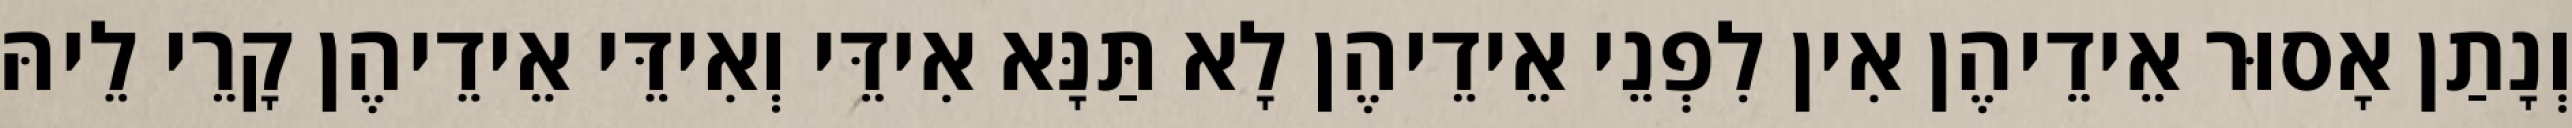
וְנָתַן אָסוּר אֵידֵיהֶן אִין לִפְנֵי אֵידֵיהֶן לָא תַּנָּא אִידֵּי וְאִידֵּי אֵידֵיהֶן קָרֵי לֵיהּ